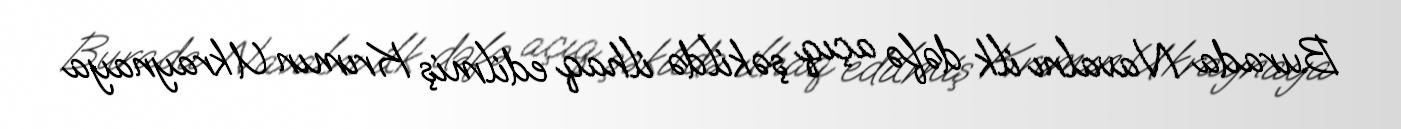
Burada Navalnı ilk dəfə açıq şəkildə ilhaq edilmiş Krımın Ukraynaya